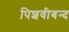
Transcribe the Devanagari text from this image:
पिशवीबन्द